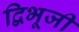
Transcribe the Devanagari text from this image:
द्विभूजी